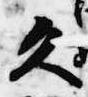
久